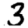
Digit: 3